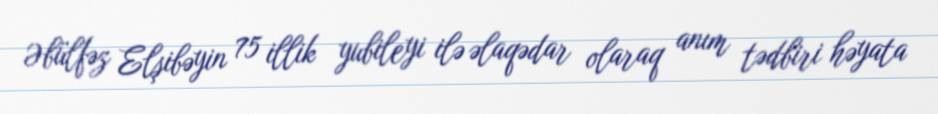
Əbülfəz Elşibəyin 75 illik yubileyi ilə əlaqədar olaraq anım tədbiri həyata